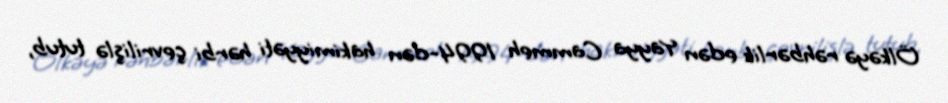
Ölkəyə rəhbərlik edən Yayya Cammeh 1994-dən hakimiyyəti hərbi çevrilişlə tutub,